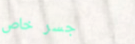
جسر خاص